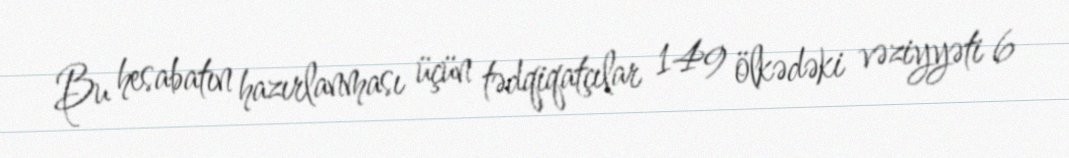
Bu hesabatın hazırlanması üçün tədqiqatçılar 149 ölkədəki vəziyyəti 6